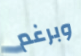
وبرغم